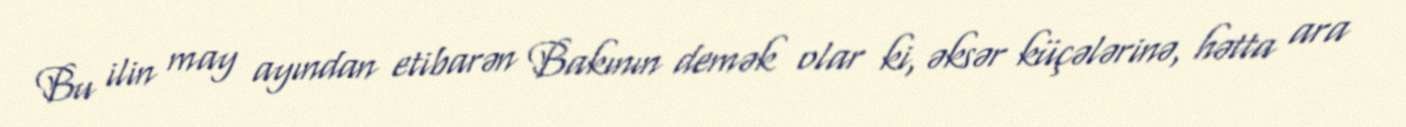
Bu ilin may ayından etibarən Bakının demək olar ki, əksər küçələrinə, hətta ara